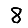
Digit: 8